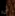
لي